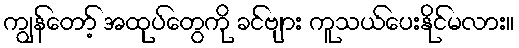
ကျွန်တော့် အထုပ်တွေကို ခင်ဗျား ကူသယ်ပေးနိုင်မလား။